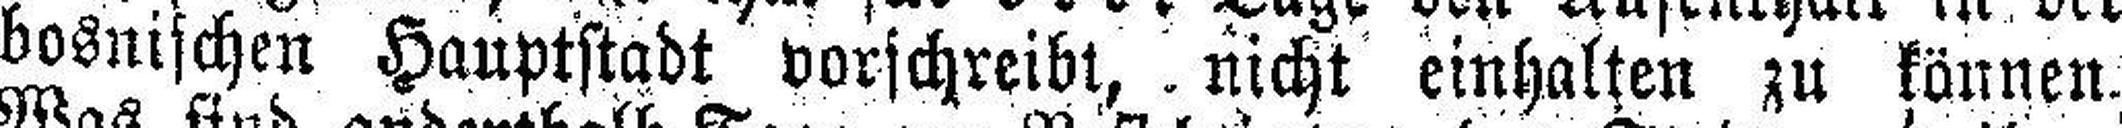
bosnischen Hauptstadt vorschreibt, nicht einhalten zu können.